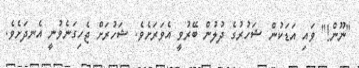
"ނޫން!" ވައި އަޑަކުން ޝަހުރުގެ ދުލުން ބޭރުވީ އެވަރަށެވެ. ޝަހުރަށް ޖެހިގަނެވުނީ އެނދަށެވެ.